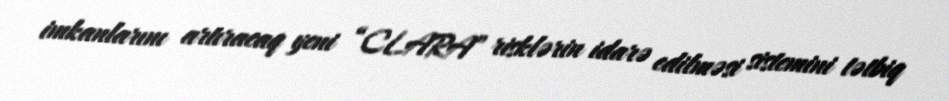
imkanlarını artıracaq yeni “CLARA” risklərin idarə edilməsi sistemini tətbiq